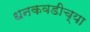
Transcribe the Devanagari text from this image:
धनकवडीच्या